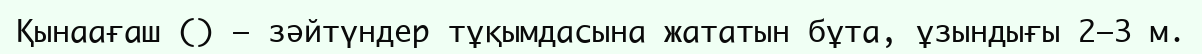
Қынаағаш () – зәйтүндер тұқымдасына жататын бұта, ұзындығы 2—3 м.